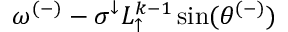
\omega ^ { ( - ) } - \sigma ^ { \downarrow } L _ { \uparrow } ^ { k - 1 } \sin ( \theta ^ { ( - ) } )